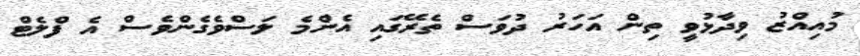
މުއިއްޒު ވިދާޅުވީ ތިން އަހަރު ދުވަސް ތެރޭގައި އެންމެ ލަސްވެގެންވެސް އެ ފްލެޓް